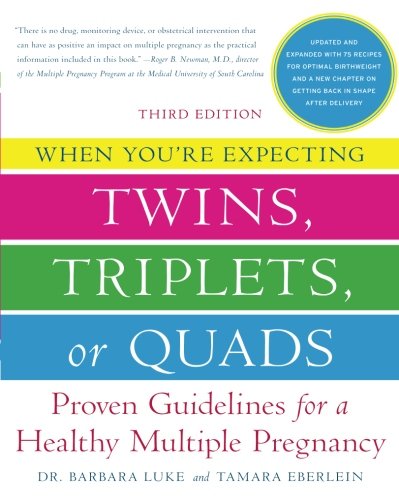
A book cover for When You're Expecting Twins, Triplets, or Quads: Proven Guidelines for a Healthy Multiple Pregnancy, 3rd Edition; Barbara Luke; Parenting & Relationships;